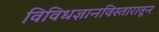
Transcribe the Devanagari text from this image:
विविधज्ञानविस्तारातून